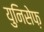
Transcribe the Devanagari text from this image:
युनिसेफ़